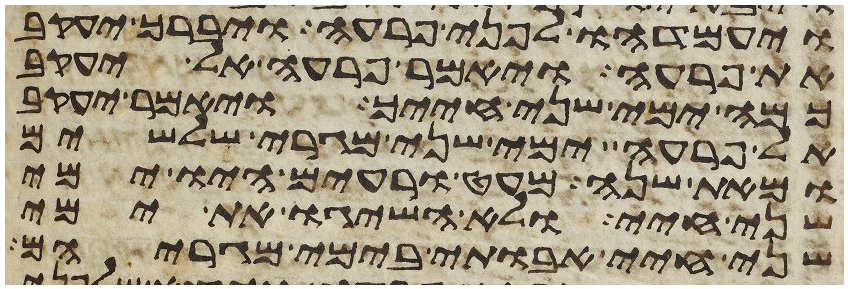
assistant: ויעמדהו לפני פרעה ויברך יעקב
את פרעה ויאמר פרעה אל יעקב
כמה ימי שני חייך ויאמר יעקב
אל פרעה ימי שני מגרי שלשים
ומאת שנה מעט ורעים היו ימי
שני חיי ולא השיגו את ימי
שני חיי אבותי בימי מגריהם